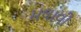
મલાવી